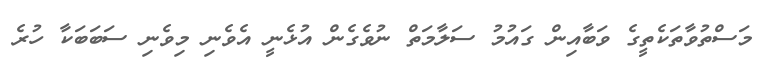
މަސްތުވާތަކެތީގެ ވަބާއިން ގައުމު ސަލާމަތް ނުވެގެން އުޅެނީ އެވެނި މިވެނި ސަބަބަކާ ހުރެ